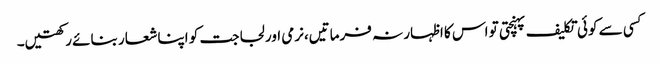
کسی سے کوئی تکلیف پہنچتی تو اس کا اظہار نہ فرماتیں،نرمی اور لجاجت کو اپنا شعار بنائے رکھتیں۔